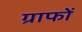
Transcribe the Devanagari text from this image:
ग्राफों